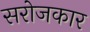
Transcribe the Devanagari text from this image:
सरोजकार